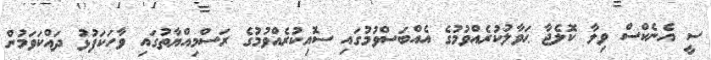
ސީ އެނެކްސް ވިލާ ކޮލެޖާ ޙަވާލުކުރެއްވުމުގެ އެއްބަސްވުމުގައި ސޮއިކުރެއްވުމުގެ ރަސްމިއްޔާތުގައި ވާހަކަފުޅު ދައްކަވަމުން